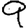
Digit: 9